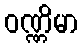
ဝဏ္ဏိမာ